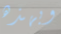
وبهذه